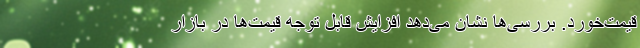
قیمت‌خورد. بررسی‌ها نشان می‌دهد افزایش قابل توجه قیمت‌ها در بازار